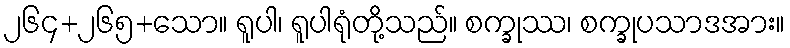
၂၆၄+၂၆၅+သော။ ရူပါ၊ ရူပါရုံတို့သည်။ စက္ခုဿ၊ စက္ခုပသာဒအား။